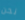
نحن